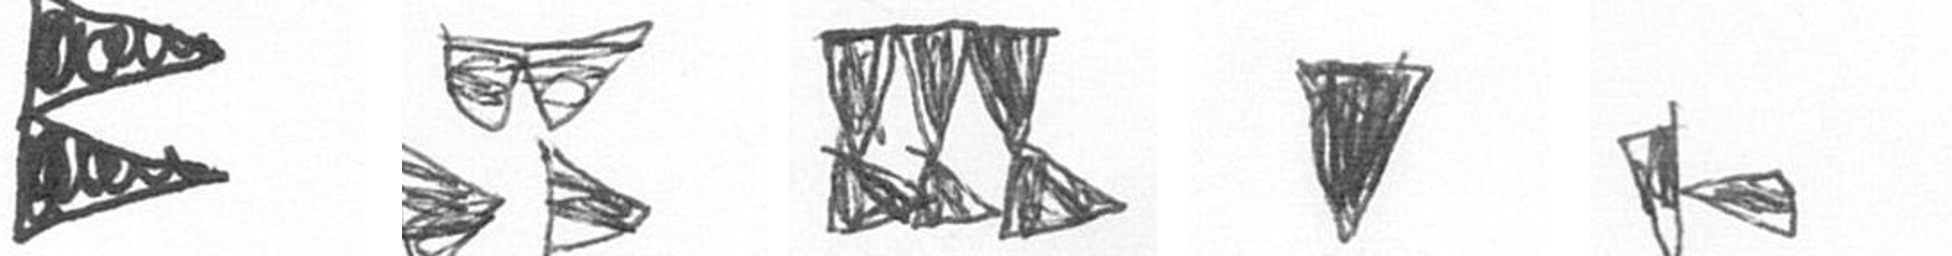
P B D J F